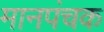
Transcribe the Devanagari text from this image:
मानपंचक